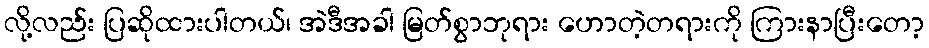
လို့လည်း ပြဆိုထားပါတယ်၊ အဲဒီအခါ မြတ်စွာဘုရား ဟောတဲ့တရားကို ကြားနာပြီးတော့